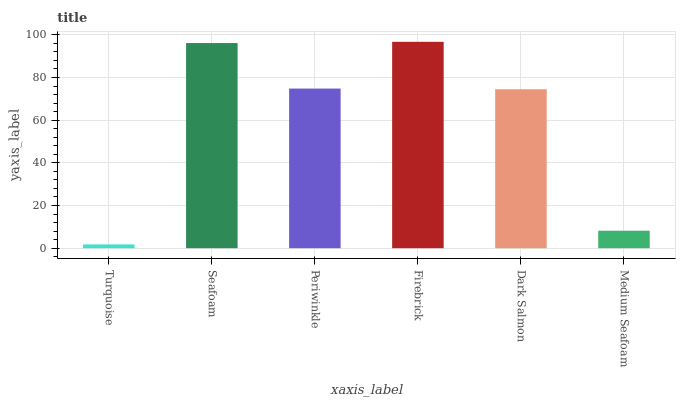
| xaxis_label | bars |
 | --- | --- |
 | Turquoise | 1.77 |
 | Seafoam | 96.1 |
 | Periwinkle | 74.8 |
 | Firebrick | 96.7 |
 | Dark Salmon | 74.5 |
 | Medium Seafoam | 8.19 |